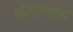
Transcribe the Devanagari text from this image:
ओनोरेवोले